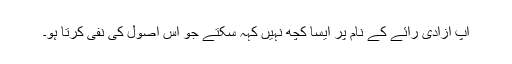
آپ آزادی رائے کے نام پر ایسا کچھ نہیں کہہ سکتے جو اس اصول کی نفی کرتا ہو۔